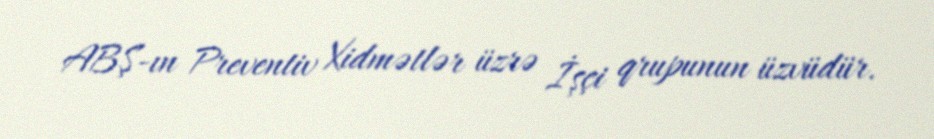
ABŞ-ın Preventiv Xidmətlər üzrə İşçi qrupunun üzvüdür.